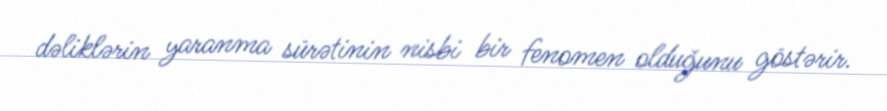
dəliklərin yaranma sürətinin nisbi bir fenomen olduğunu göstərir.